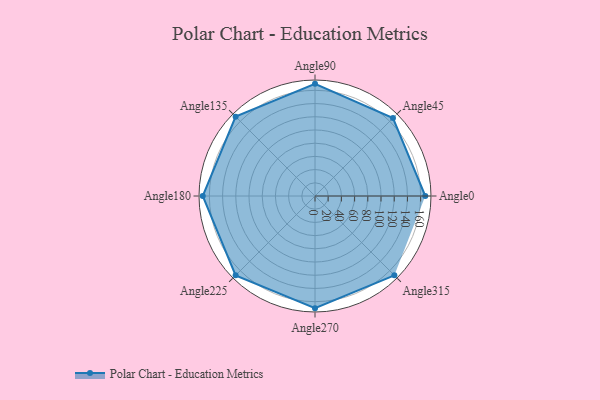
{"axis": {"x": "Angle", "y": "Radius"}, "legend": [""], "data": [{"x": "Angle0", "y": 167.0, "type": ""}, {"x": "Angle45", "y": 167.0, "type": ""}, {"x": "Angle90", "y": 170, "type": ""}, {"x": "Angle135", "y": 170, "type": ""}, {"x": "Angle180", "y": 170, "type": ""}, {"x": "Angle225", "y": 170, "type": ""}, {"x": "Angle270", "y": 170, "type": ""}, {"x": "Angle315", "y": 170, "type": ""}]}